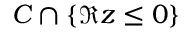
C \cap \left\{ \Re z \leq 0 \right\}